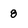
Character: 8